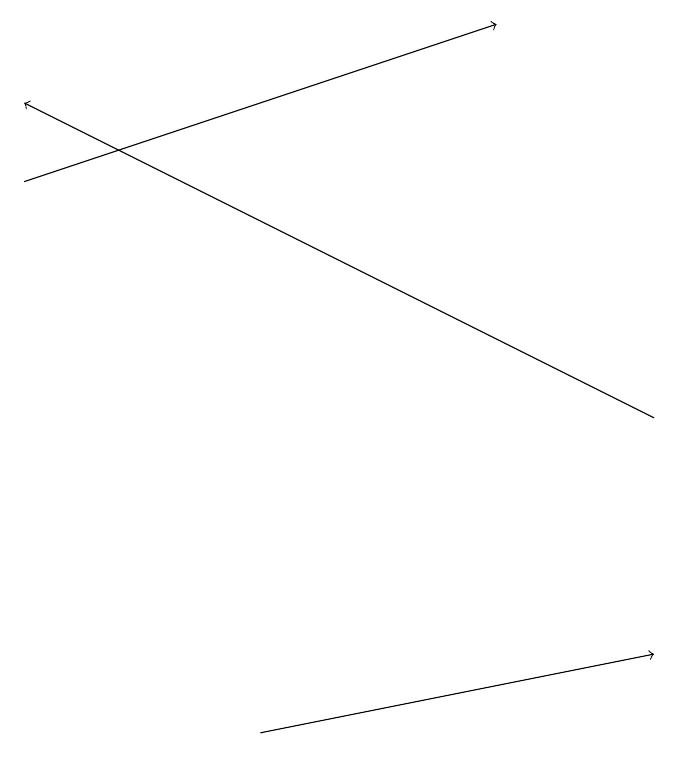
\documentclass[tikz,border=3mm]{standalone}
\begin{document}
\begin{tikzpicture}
\draw[->] (3,10) -- (8,11);
\draw[->] (0,17) -- (6,19);
\draw[->] (8,14) -- (0,18);
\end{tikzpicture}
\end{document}